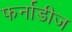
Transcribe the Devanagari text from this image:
फर्नाडीज